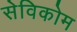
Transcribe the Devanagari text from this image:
सेविकोम